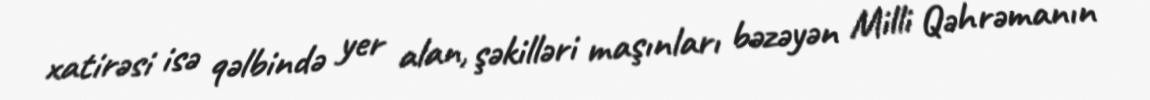
xatirəsi isə qəlbində yer alan, şəkilləri maşınları bəzəyən Milli Qəhrəmanın